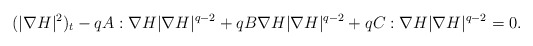
\begin{align*}&(|\nabla H|^2)_t-qA:\nabla H|\nabla H|^{q-2}+q B \nabla H|\nabla H|^{q-2}+qC : \nabla H|\nabla H|^{q-2}=0.\end{align*}